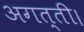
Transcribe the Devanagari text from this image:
अगत्ती।